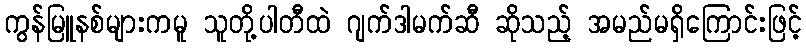
ကွန်မြူနစ်များကမူ သူတို့ပါတီထဲ ဂျက်ဒါမက်ဆီ ဆိုသည့် အမည်မရှိကြောင်းဖြင့်